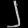
Digit: ၂